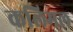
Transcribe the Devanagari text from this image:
कलिमल